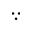
\because